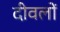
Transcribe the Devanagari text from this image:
दीवलों